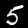
Digit: 5